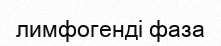
лимфогенді фаза